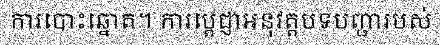
ការបោះឆ្នោត។ ការប្តេជ្ញាអនុវត្តបទបញ្ជារបស់